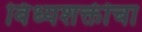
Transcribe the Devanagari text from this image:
विंध्यशक्तीचा